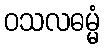
ဝသလဓမ္မံ